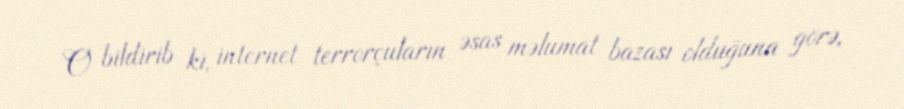
O bildirib ki, internet terrorçuların əsas məlumat bazası olduğuna görə,